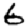
Digit: 6